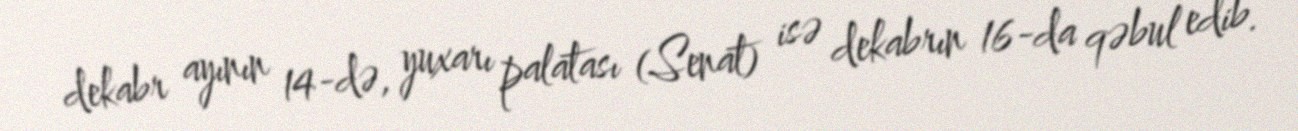
dekabr ayının 14-də, yuxarı palatası (Senat) isə dekabrın 16-da qəbul edib.